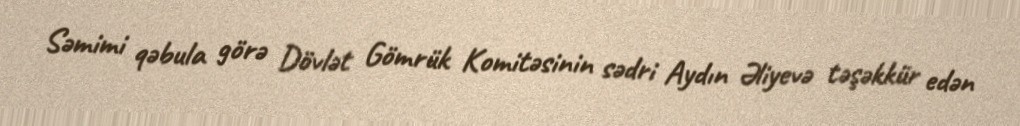
Səmimi qəbula görə Dövlət Gömrük Komitəsinin sədri Aydın Əliyevə təşəkkür edən